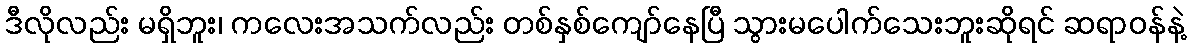
ဒီလိုလည်း မရှိဘူး၊ ကလေးအသက်လည်း တစ်နှစ်ကျော်နေပြီ သွားမပေါက်သေးဘူးဆိုရင် ဆရာဝန်နဲ့